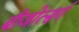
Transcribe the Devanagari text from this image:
बीजोत्सर्ग